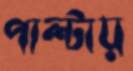
পাল্টায়